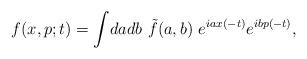
LaTeX: \begin{align*}f(x,p;t)= \int\! da db ~\tilde{f}(a,b) ~ e^{iax(-t)} e^{ibp(-t)},\end{align*}